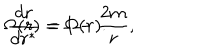
\Omega ( r ) = 1 - \frac { 2 m } { r } , \hspace { 2 0 m m } \frac { d r } { d r ^ { \ast } } = \Omega ( r ) .